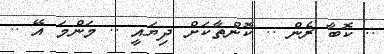
.. ކޮބާ ރެން .. ކޮންތާކަށް ދިޔައީ .. މަންމަ އޭ ..